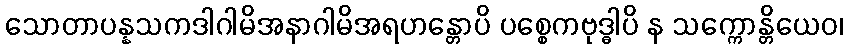
သောတာပန္နသကဒါဂါမိအနာဂါမိအရဟန္တောပိ ပစ္စေကဗုဒ္ဓါပိ န သက္ကောန္တိယေဝ၊